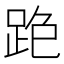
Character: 𨀓